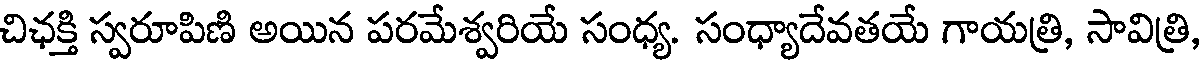
చిఛక్తి స్వరూపిణి అయిన పరమేశ్వరియే సంధ్య. సంధ్యాదేవతయే గాయత్రి, సావిత్రి,